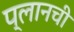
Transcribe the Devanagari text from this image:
प्लानची